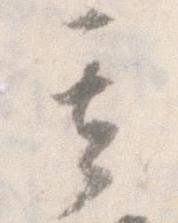
其